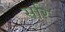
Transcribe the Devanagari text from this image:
सरि